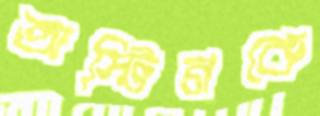
অস্টিনকে